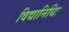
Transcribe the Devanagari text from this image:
विद्यानिधिः